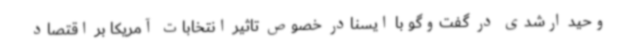
وحید ارشدی در گفت‌وگو با ایسنادر خصوص تاثیر انتخابات آمریکا بر اقتصاد